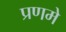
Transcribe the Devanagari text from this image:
प्रणमे